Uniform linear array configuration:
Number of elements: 4
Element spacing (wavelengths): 0.25
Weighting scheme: blackman
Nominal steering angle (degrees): -30
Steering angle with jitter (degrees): -30.899
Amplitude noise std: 0.05
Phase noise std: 0.05

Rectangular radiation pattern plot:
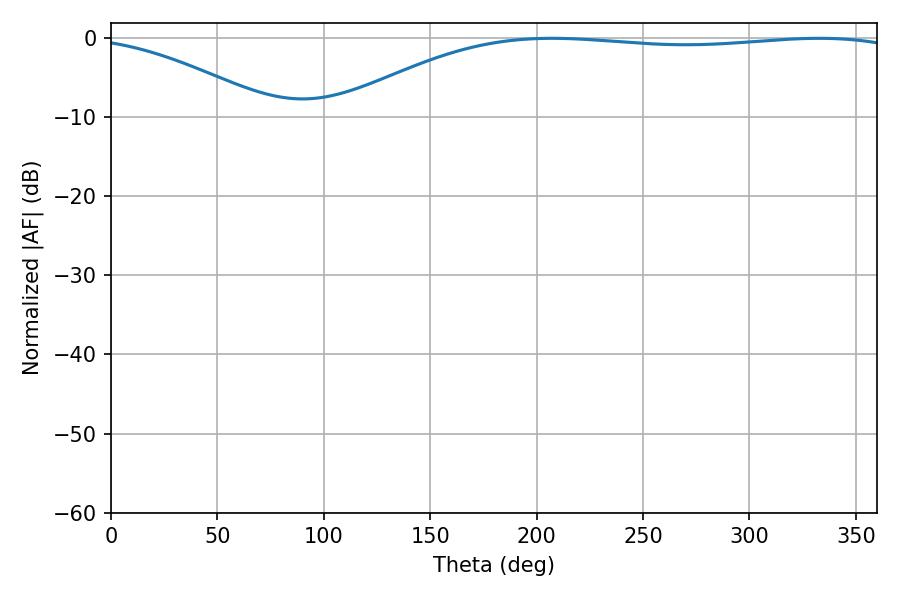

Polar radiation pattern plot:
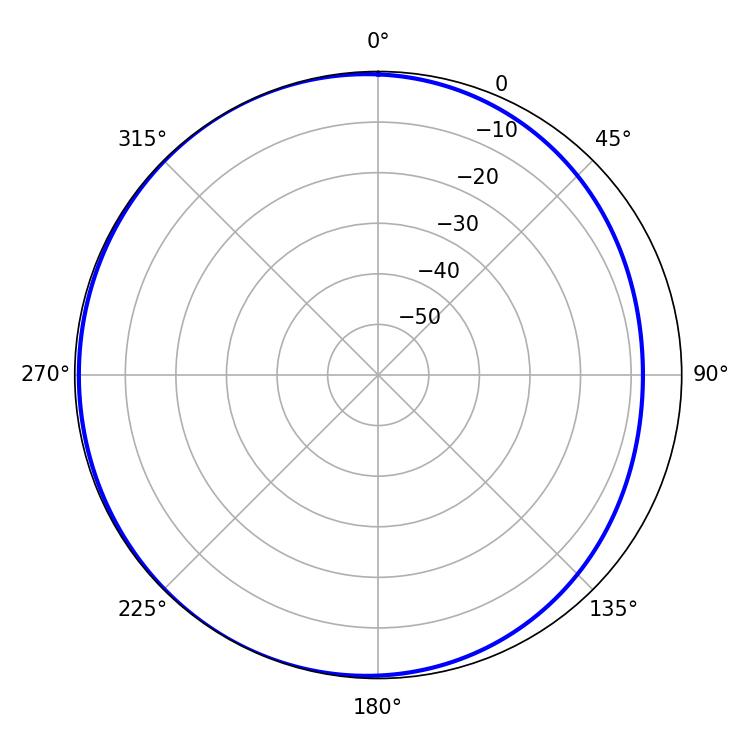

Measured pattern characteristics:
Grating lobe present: FALSE
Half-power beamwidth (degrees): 212.76
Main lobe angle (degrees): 207.18